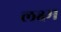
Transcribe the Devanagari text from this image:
लक्ष्म